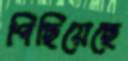
পিছিয়েছে